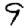
Digit: 9